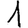
Digit: 1